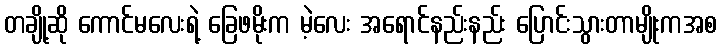
တချို့ဆို ကောင်မလေးရဲ့ ခြေဖမိုးက မဲ့လေး အရောင်နည်းနည်း ပြောင်းသွားတာမျိုးကအစ